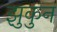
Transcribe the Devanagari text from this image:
झुकुन